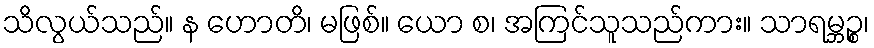
သိလွယ်သည်။ န ဟောတိ၊ မဖြစ်။ ယော စ၊ အကြင်သူသည်ကား။ သာရမ္ဘဉ္စ၊